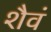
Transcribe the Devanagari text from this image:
शैवं